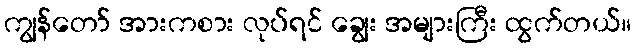
ကျွန်တော် အားကစား လုပ်ရင် ချွေး အများကြီး ထွက်တယ်။